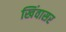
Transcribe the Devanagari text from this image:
खिंवासर